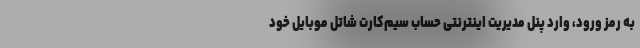
به رمز ورود، وارد پنل مدیریت اینترنتی حساب سیم‌کارت شاتل موبایل خود